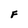
Character: F